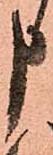
申